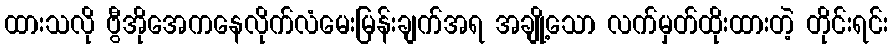
ထားသလို ဗွီအိုအေကနေလိုက်လံမေးမြန်းချက်အရ အချို့သော လက်မှတ်ထိုးထားတဲ့ တိုင်းရင်း